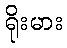
ရိုးမား